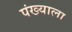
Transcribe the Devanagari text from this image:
पंख्याला